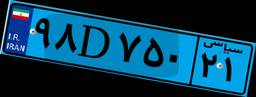
۱۳D۰۶۰۱۷